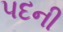
પદની